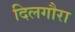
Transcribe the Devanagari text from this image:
दिलगौरा